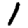
Digit: 1